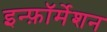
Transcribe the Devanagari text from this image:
इन्फ़ॉर्मेशन